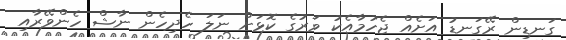
ގަނޑިން ރޭގަނޑު އަށެެއް ޖެހުމާއެކު ވަރުގެ ކޮޅަށް ނަލަ ހެދިހެން ނާޝް ހެންވޭރާއި